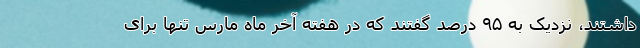
داشتند، نزدیک به ۹۵ درصد گفتند که در هفته آخر ماه مارس تنها برای